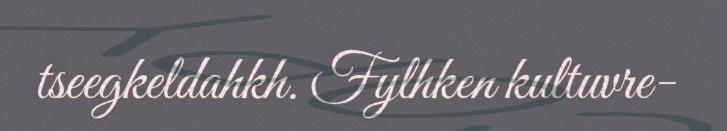
tseegkeldahkh. Fylhken kultuvre-